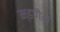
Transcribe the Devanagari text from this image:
म्हणैन